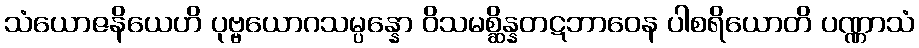
သံယောဇနိယေဟိ ပုဗ္ဗယောဂသမ္ပန္နော ဝိသမစ္ဆိန္နတဋဘာဝေန ပါစရိယောတိ ပဏ္ဏာသံ